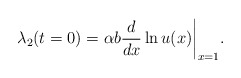
\begin{align*}\lambda_2(t=0)=\alpha b{d\over dx}\ln u(x)\bigg|_{x=1}.\end{align*}